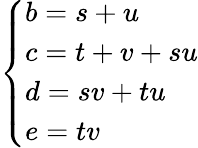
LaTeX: \left\{ {\begin{array}{l}{b=s+u}\\ {c=t+v+su}\\ {d=sv+tu}\\ {e=tv}\end{array}}\right.